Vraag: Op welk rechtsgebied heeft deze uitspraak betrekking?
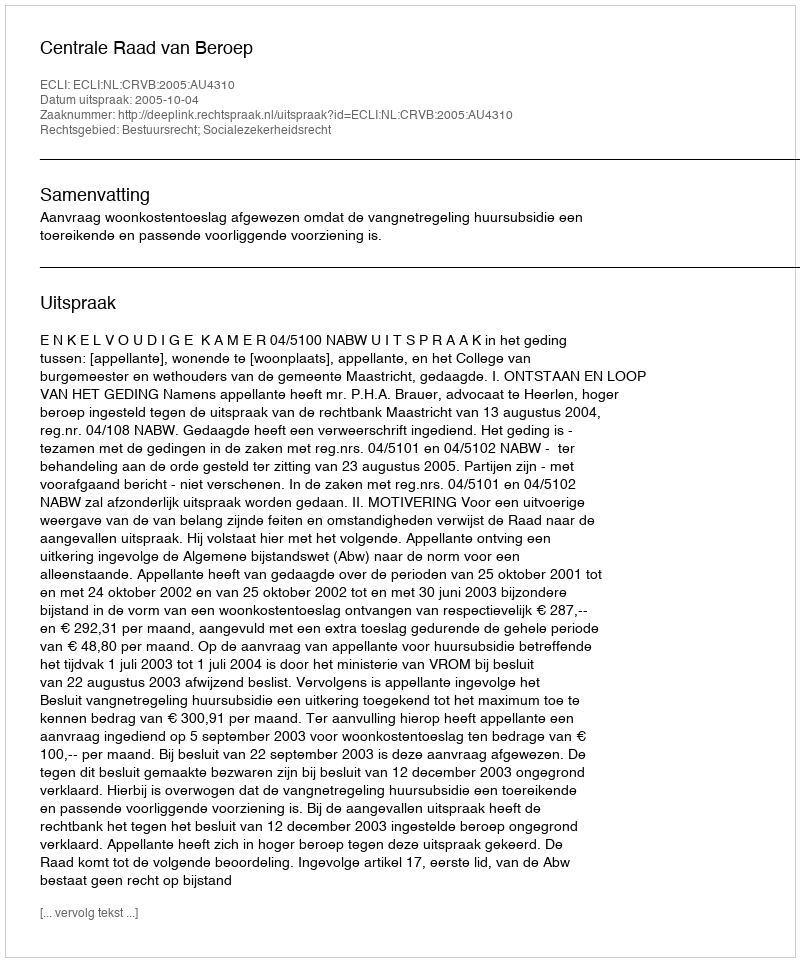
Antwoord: Bestuursrecht; Socialezekerheidsrecht